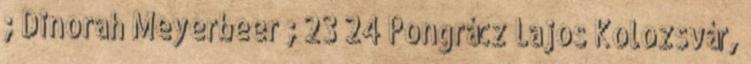
; Dinorah Meyerbeer ; 23 24 Pongrácz Lajos Kolozsvár,